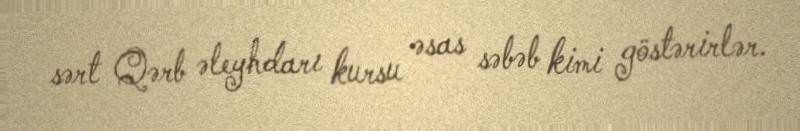
sərt Qərb əleyhdarı kursu əsas səbəb kimi göstərirlər.